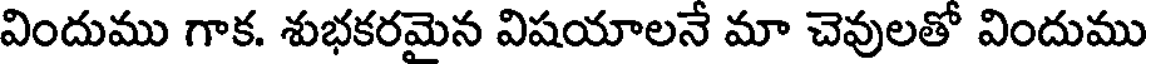
విందుము గాక. శుభకరమైన విషయాలనే మా చెవులతో విందుము